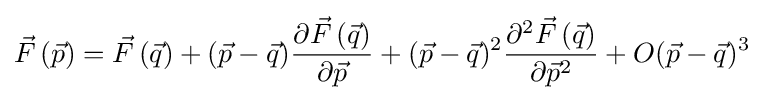
{\vec {F}}\,({\vec {p}})={\vec {F}}\,({\vec {q}})+({\vec {p}}-{\vec {q}}){\frac {\partial {\vec {F}}\,({\vec {q}})}{\partial {\vec {p}}}}+({\vec {p}}-{\vec {q}})^{2}{\frac {\partial ^{2}{\vec {F}}\,({\vec {q}})}{\partial {\vec {p}}^{2}}}+O({\vec {p}}-{\vec {q}})^{3}